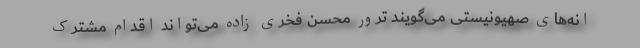
انه‌های صهیونیستی می‌گویند ترور محسن فخری زاده می‌تواند اقدام مشترک